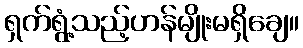
ရှက်ရွံ့သည့်ဟန်မျိုးမရှိချေ။